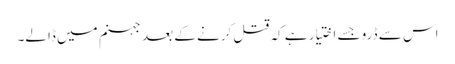
اس سے ڈرو جسے اختیار ہے کہ قتل کرنے کے بعد جہنم میں ڈالے۔